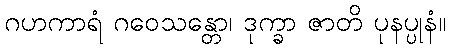
ဂဟကာရံ ဂဝေသန္တော၊ ဒုက္ခာ ဇာတိ ပုနပ္ပုနံ။